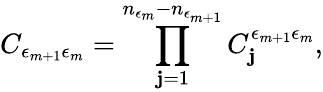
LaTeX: C_{\epsilon_{m+1}\epsilon_{m}}=\prod_{\mathbf{j}=1}^{n_{\epsilon_{m}}-n_{\epsilon_{m+1}}}C_{\mathbf{j}}^{\epsilon_{m+1}\epsilon_{m}},